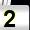
Digit: 2